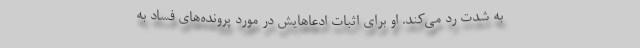
به شدت رد می‌کند. او برای اثبات ادعاهایش در مورد پرونده‌های فساد به